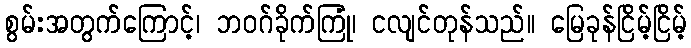
စွမ်းအတွက်ကြောင့်၊ ဘဝဂ်ခိုက်ကြုံ၊ ငလျင်တုန်သည်။ မြေခုန်ငြိမ့်ငြိမ့်